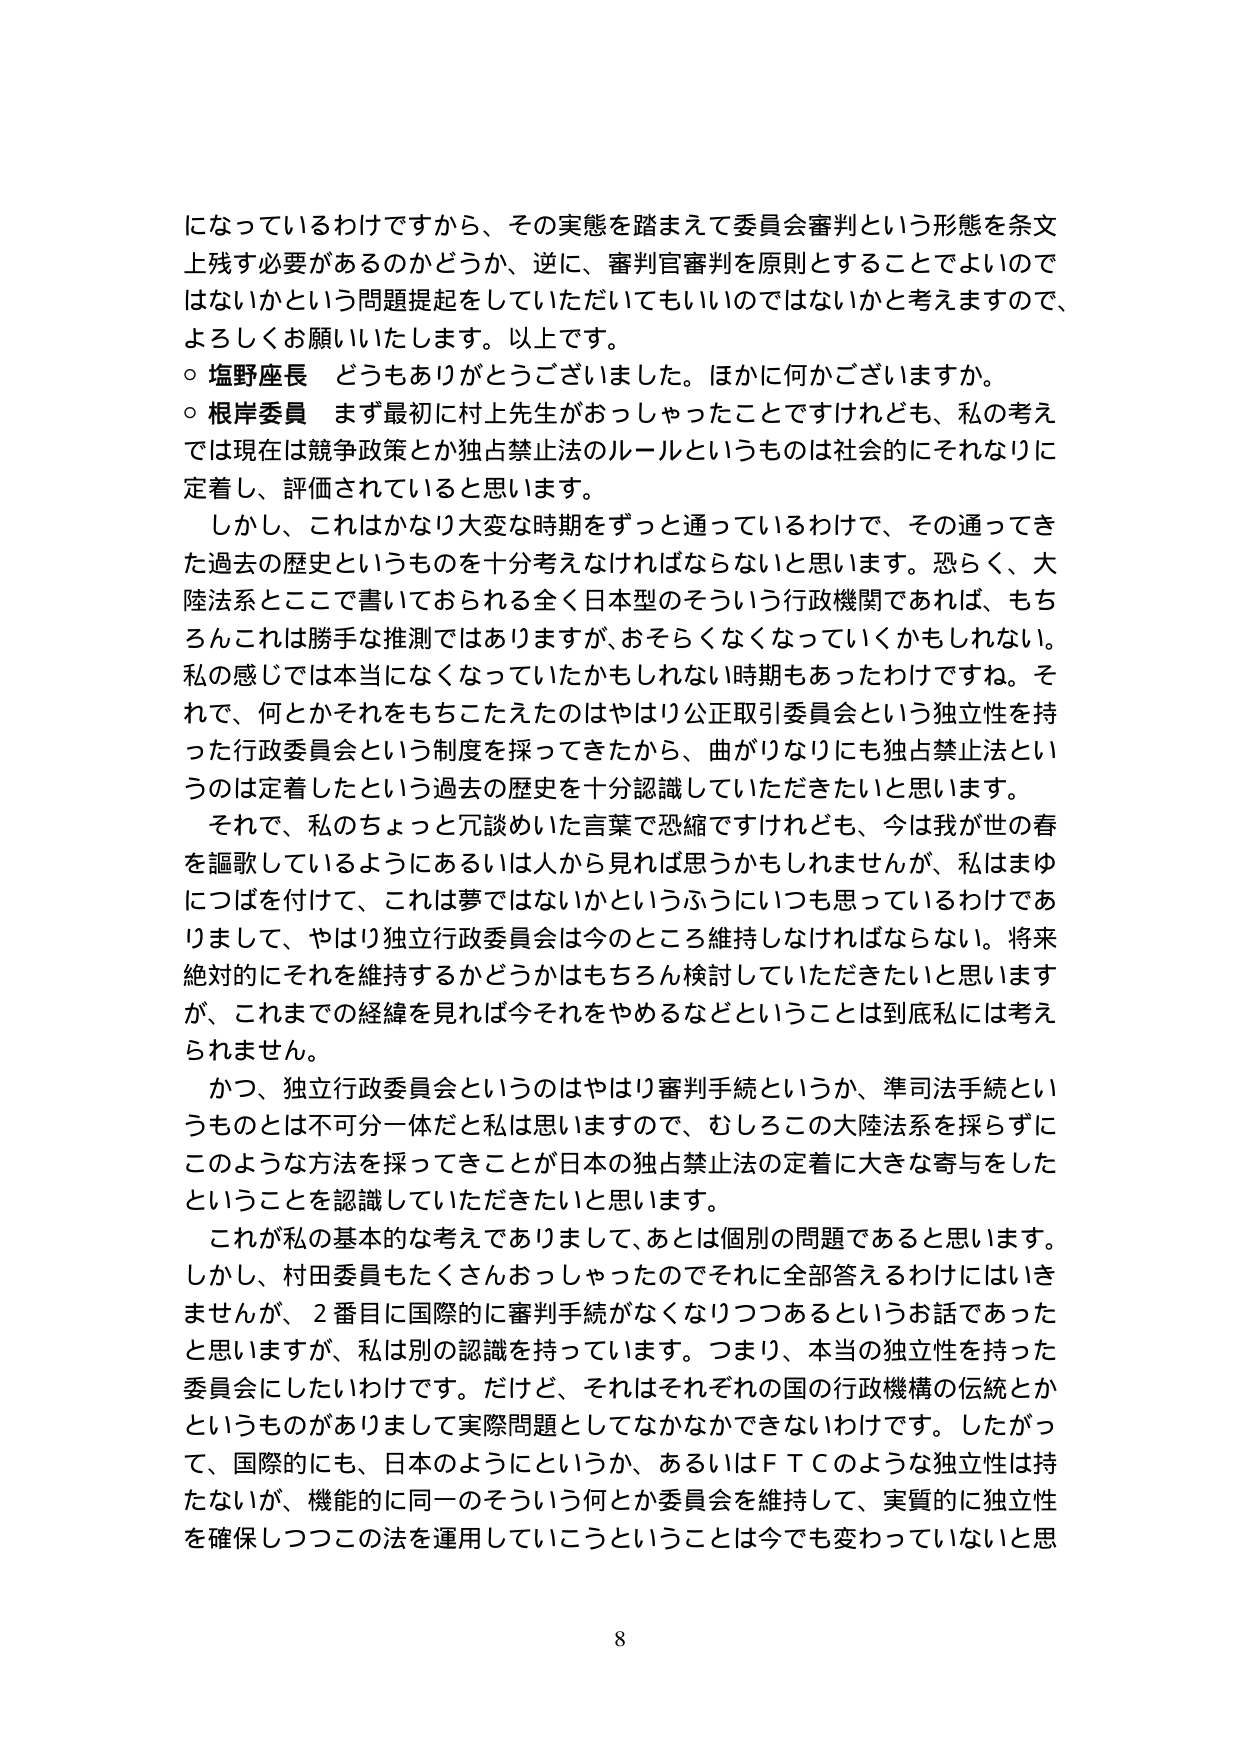
になっているわけですから、その実態を踏まえて委員会審判という形態を条文上残す必要があるのかどうか、逆に、審判官審判を原則とすることでよいのではないかという問題提起をしていただいてもいいのではないかと考えますので、よろしくお願いいたします。以上です。
○ 塩野座長 どうもありがとうございました。ほかに何かございますか。
○ 根岸委員 まず最初に村上先生がおっしゃったことですが、私の考えでは現在は競争政策とか独占禁止法のルールというものは社会的にそれなりに定着し、評価されていると思います。
しかし、これはかなり大変な時期をずっと通っているわけで、その通ってきた過去の歴史というものを十分考えなければならないと思います。恐らく、大陸法系とここで書いておられる全く日本型のそういう行政機関であれば、もちろんこれは勝手な推測ではありますが、おそらくなくなっていくかもしれない。私の感じでは本当になくなっていたかもしれない時期もあったわけです。それで、何とかそれをもちこたえたのはやはり公正取引委員会という独立性を持った行政委員会という制度を採ってきたから、曲がりなりにも独占禁止法というのは定着したという過去の歴史を十分認識していただきたいと思います。
それで、私のちょっと冗談めいた言葉で恐縮ですけれども、今は我が世の春を謳歌しているようにあるいは人から見れば思うかもしれませんが、私はまゆにつばを付けて、これは夢ではないかというふうにいつも思っているわけでありますして、やはり独立行政委員会は今のところ維持しなければならない。将来絶対的にそれを維持するかどうかはもちろん検討していただきたいと思いますが、これまでの経緯を見れば今それをやめるなどということは到底私には考えられません。
かつ、独立行政委員会というのはやはり審判手続というか、準司法手続というものは不可分一体だと私は思いますので、むしろこの大陸法系を採らずにこのような方法を採ってきたことが日本の独占禁止法の定着に大きな寄与をしたということを認識していただきたいと思います。
これが私の基本的な考えでありまして、あとは個別の問題であると思います。しかし、村田委員もたくさんおっしゃったのでそれに全部答えるわけにはいきませんが、2番目に国際的に審判手続がなくなりつつあるというお話であったと思いますが、私は別の認識を持っています。つまり、本当の独立性を持った委員会にしたいわけです。だけど、それはそれぞれの国の行政機構の伝統とかというものがありまして実際問題としてなかなかできないわけです。したがって、国際的にも、日本のようにというか、あるいはＦＴＣのような独立性は持たないが、機能的に同一のそういう何とか委員会を維持して、実質的に独立性を確保しつつこの法を運用していこうということは今でも変わっていないと思

8